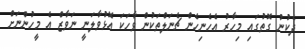
ދެކުނު ގޮތުގައި މިހާރު އެހެނިހެން ޗެނަލްތަކުން ވާހަކަ އޮޅުވާލަނީ ނަވާޒް އެ މީހުންނަށް